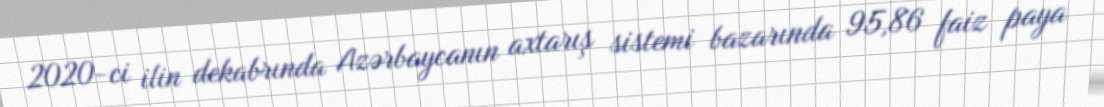
2020-ci ilin dekabrında Azərbaycanın axtarış sistemi bazarında 95,86 faiz paya